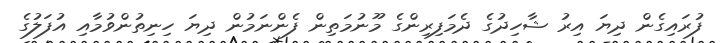
ފުރައިގެން ދިޔަ އިރު ޝާހިދުގެ ދެމަފިރިންގެ މޫނުމަތިން ފެންނަމުން ދިޔަ ހިނިތުންވުމާއި އުފަލުގެ